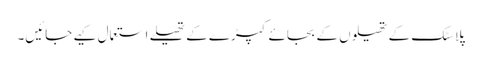
پلاسٹک کے تھیلوں کے بجائے کپڑے کے تھیلے استعمال کیے جائیں۔